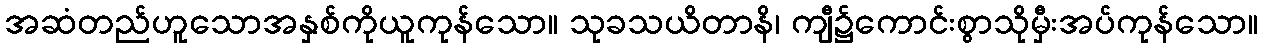
အဆံတည်ဟူသောအနှစ်ကိုယူကုန်သော။ သုခသယိတာနိ၊ ကျီ၌ကောင်းစွာသိုမှီးအပ်ကုန်သော။